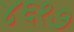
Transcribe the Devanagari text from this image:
४६१७